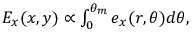
\begin{array} { r } { E _ { x } ( x , y ) \propto \int _ { 0 } ^ { \theta _ { m } } e _ { x } ( r , \theta ) d \theta , } \end{array}